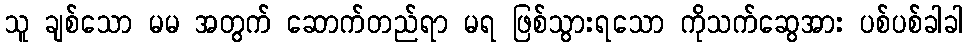
သူ ချစ်သော မမ အတွက် ဆောက်တည်ရာ မရ ဖြစ်သွားရသော ကိုသက်ဆွေအား ပစ်ပစ်ခါခါ